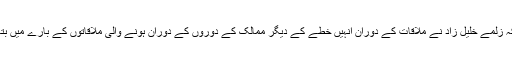
تاہم ہفتے کو جاری بیان میں افغان صدر اشرف غنی نے بتایا کہ زلمے خلیل زاد نے ملاقات کے دوران انہیں خطے کے دیگر ممالک کے دوروں کے دوران ہونے والی ملاقاتوں کے بارے میں بتایا لیکن اس میں طالبان سے ملاقات کا کہیں تذکرہ نہیں کیا گیا۔